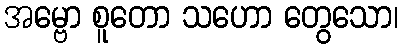
အမ္ဗော စူတော သဟော တွေသော၊